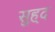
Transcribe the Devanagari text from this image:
सुह्द